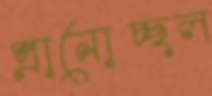
প্রানোচ্ছল